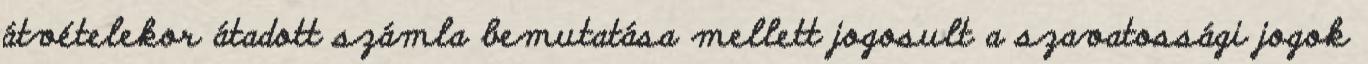
átvételekor átadott számla bemutatása mellett jogosult a szavatossági jogok